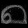
Digit: ၈